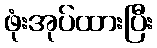
ဖုံးအုပ်ထားပြီး